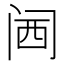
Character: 𲈹